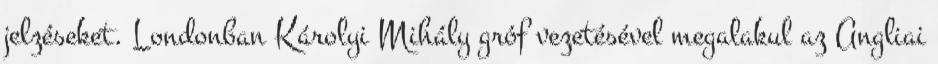
jelzéseket. Londonban Károlyi Mihály gróf vezetésével megalakul az Angliai